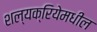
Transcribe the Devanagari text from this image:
शल्यक्रियेमधील